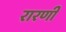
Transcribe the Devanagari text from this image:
रारणी